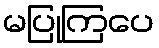
မပြုကြပေ